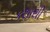
કથાથી